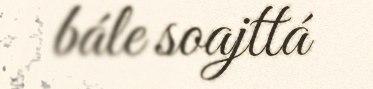
bále soajttá